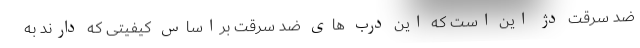
ضد سرقت دژ این است که این درب های ضد سرقت براساس کیفیتی که دارند به